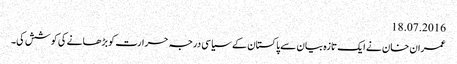
18.07.2016
عمران خان نے ایک تازہ بیان سے پاکستان کے سیاسی درجہ حرارت کو بڑھانے کی کوشش کی۔